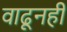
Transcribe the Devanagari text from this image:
वाढूनही